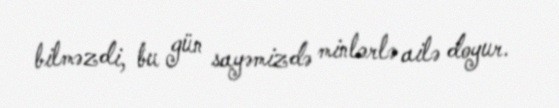
bilməzdi, bu gün sayəmizdə minlərlə ailə doyur.